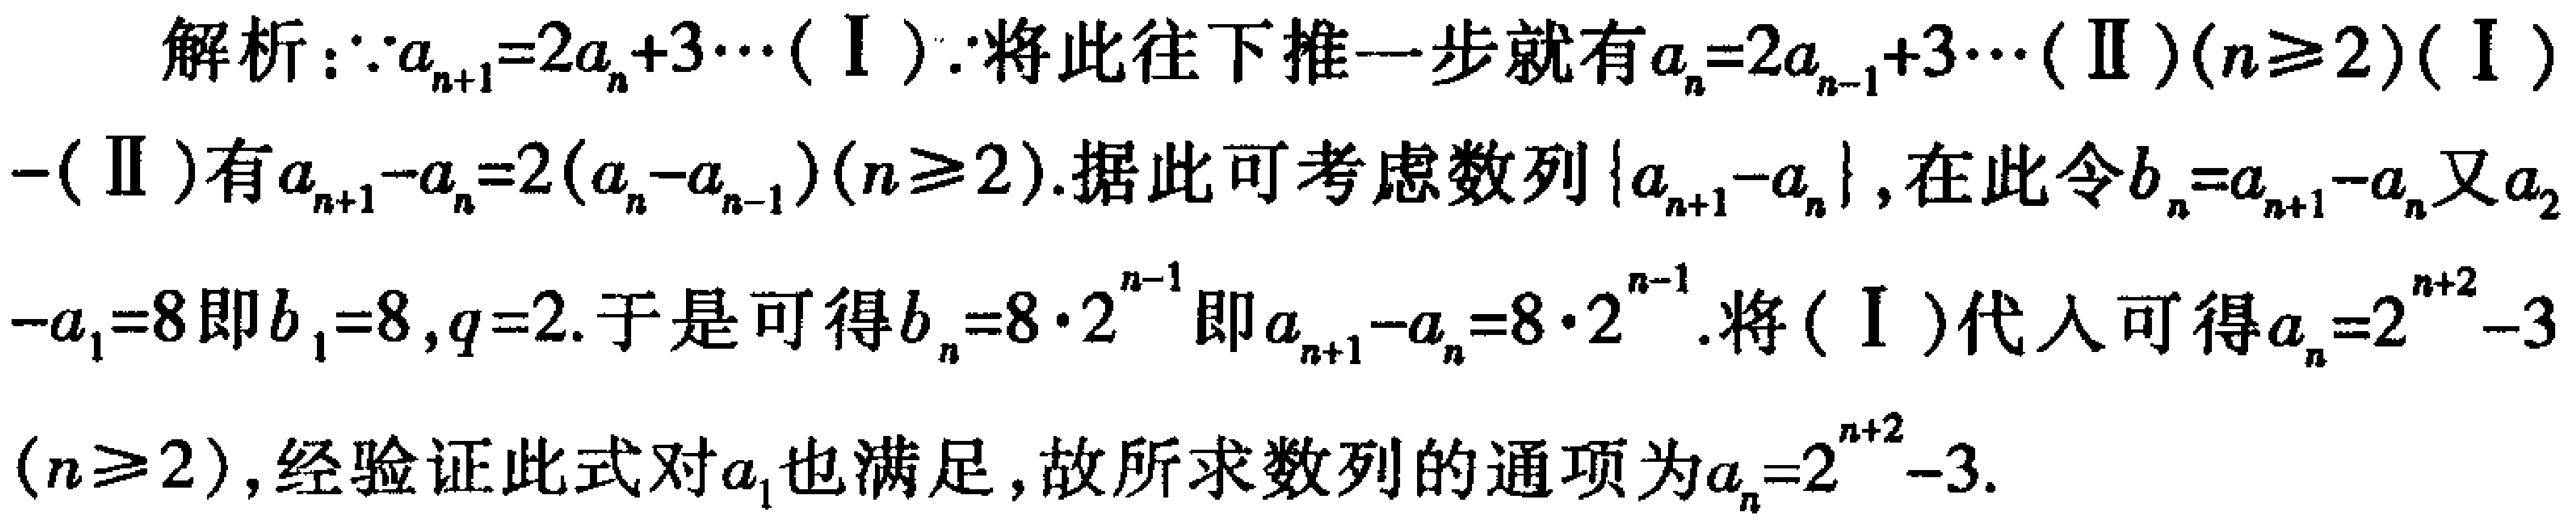
解析：\(\because a_{n + 1} = 2a_{n}+3\cdots(\mathrm{I})\)，将此往下推一步就有\(a_{n}=2a_{n - 1}+3\cdots(\mathrm{II})(n\geq2)\)，\((\mathrm{I})-(\mathrm{II})\)有\(a_{n + 1}-a_{n}=2(a_{n}-a_{n - 1})(n\geq2)\)。据此可考虑数列\(\{a_{n + 1}-a_{n}\}\)，在此令\(b_{n}=a_{n + 1}-a_{n}\)，又\(a_{2}-a_{1}=8\)即\(b_{1}=8\)，\(q = 2\)。于是可得\(b_{n}=8\cdot2^{n - 1}\)即\(a_{n + 1}-a_{n}=8\cdot2^{n - 1}\)。将\((\mathrm{I})\)代入可得\(a_{n}=2^{n + 2}-3(n\geq2)\)，经验证此式对\(a_{1}\)也满足，故所求数列的通项为\(a_{n}=2^{n + 2}-3\)。